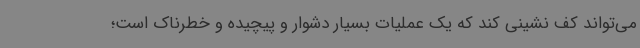
می‌تواند کف نشینی کند که یک عملیات بسیار دشوار و پیچیده و خطرناک است؛